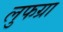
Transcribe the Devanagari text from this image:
लुफग्रा